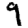
Digit: 9